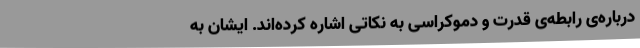
درباره‌ی رابطه‌ی قدرت و دموکراسی به نکاتی اشاره کرده‌اند. ایشان به